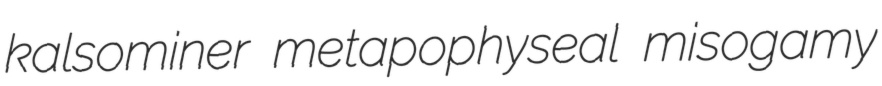
kalsominer metapophyseal misogamy